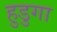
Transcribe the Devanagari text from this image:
हुडुगा